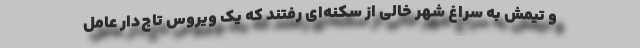
و تیمش به سراغ شهر خالی از سکنه‌ای رفتند که یک ویروس تاج‌دار عامل